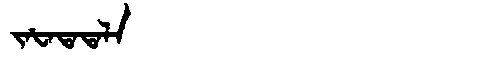
Manchu: ᠵᠠᡶᠠᡨᠠᡨᠠᠯᠠ
Romanization: JAFATATALA